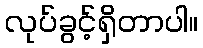
လုပ်ခွင့်ရှိတာပါ။